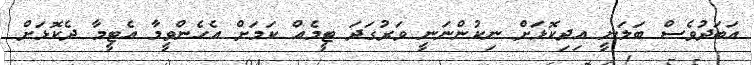
އަބަދުވެސް ބަލަނީ އިދިކޮޅަށް ނިކުންނަނީ ވަރުގަދަ ޓީމެއް ކަމަށް އެހެންވީމާ އެޓީމާ ދެކޮޅަށް